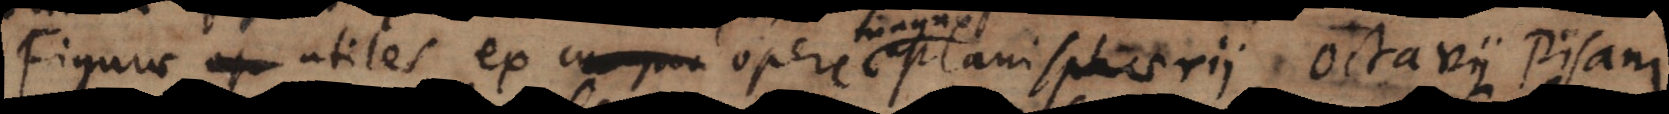
Figurae utiles ex opere magno planisphaerii Octavii Pisani.